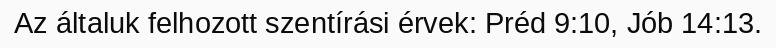
Az általuk felhozott szentírási érvek: Préd 9:10, Jób 14:13.